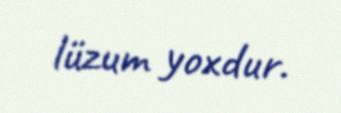
lüzum yoxdur.